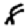
Digit: 8